Insane asylums Bombay 1873-77 - 1873-1877
Year: 1873
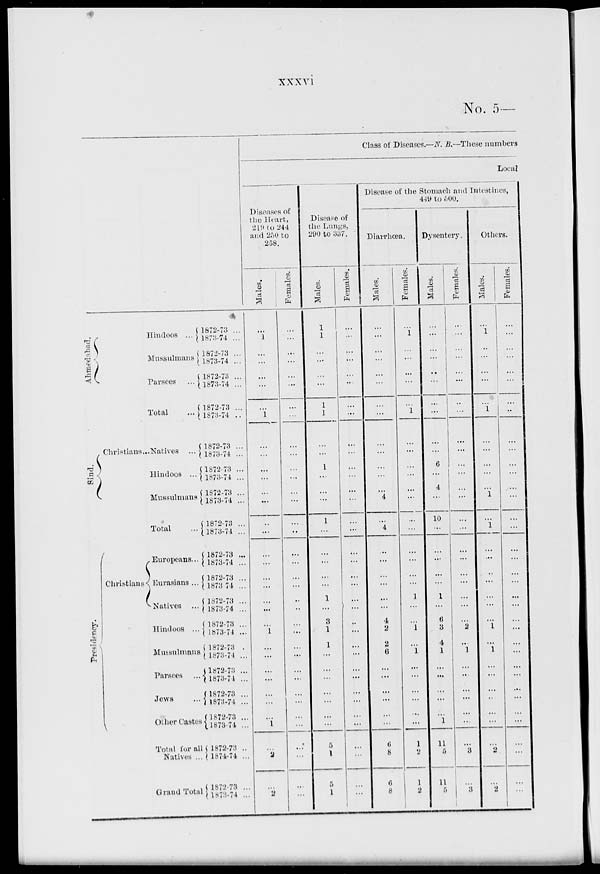
xxxvi.
No. 5—
Ahmedabad.
Hindoos ...
Mussulmans
Parsees
...
Total
...
Sind.
Christians...Natives ...
Hindoos ...
Mussulmans
Total ...
Presidency.
Christians
Europeans...
Eurasians ...
Natives ...
Hindoos ...
Mussulmans
Parsees ...
Jews ...
Other Castes
Total tor all
Natives ...
Grand Total
1872-73 ...
1873-74 ...
1872-73 ...
1873-74 ...
1872-73 ...
1873-74 ...
1872-73 ...
1873-74 ..
1872-73 ...
1873-74 ...
1872-73 ...
1873-74 ...
1872-73 ...
1873-74 ...
1872-73 ...
1873-74 ...
1872-73 ...
1873-74 ...
1872-73 ...
1873 74 ...
1872-73 ...
1873-74 ...
1872-73 ...
1873-74 ...
1872-73 ...
1873-74 ...
1872-73 ...
1873-74 ...
1872-73 ...
1873-74 ...
1872-73 ...
1873-74 ...
1872-73 ..
1874-74 ...
1872-73 ...
1873-74 ...
Class of Diseases.—N.B.—These numbers
Local
Diseases of
the Heart,
2l9 to 244
and 250 to
258.
Males.
...
1
...
...
...
...
...
1
...
...
...
...
...
...
...
...
...
...
...
...
...
... 1
...
...
...
...
...
...
...
1
...
2
...
2
Females.
...
...
...
...
...
...
...
...
...
...
...
...
...
...
...
..
...
...
...
...
..
..
...
...
...
...
...
...
...
...
...
...
...
...
...
...
Disease of
the Lungs,
290 to 337.
Males.
1
1
...
...
...
...
1
1
...
...
1
...
...
...
1
...
...
...
...
...
1
...
3
1
1
...
...
...
...
...
...
...
5
1
5
1
Females.
...
...
...
...
...
...
...
...
...
...
...
...
...
...
...
...
...
...
...
...
...
...
..
...
...
...
...
...
...
...
...
...
...
...
...
...
Disease of the Stomach and Intestines,
449 to 500.
Diarrhœa.
Males.
...
...
...
...
...
...
...
...
...
...
...
...
...
4
...
4
...
...
...
...
...
...
4
2
2
6
...
...
...
...
...
...
6
8
6
8
Females.
...
1
...
...
...
...
...
1
...
...
...
...
...
...
...
...
...
...
...
...
1
...
... 1
...
1
...
...
...
...
...
...
1
2
1
2
Dysentery.
Males.
...
...
...
...
..
...
...
...
...
...
6
...
4
...
10
...
...
...
...
...
1
...
6
3
4
1
...
...
...
...
...
1
11
5
11
5
Females.
...
...
...
...
...
...
..
...
...
...
...
...
...
...
...
...
...
...
...
...
...
...
... 2
...
1
...
...
...
...
...
...
...
3
...
3
Others.
Males.
...
1
...
...
...
...
...
1
...
...
...
...
...
1
...
1
...
...
..
...
...
...
... 1
...
1
...
...
...
..
...
...
...
2
...
2
Females.
...
...
...
...
...
...
...
...
...
...
...
...
...
...
...
...
...
...
...
...
...
...
...
...
...
...
...
...
...
...
...
...
...
...
...